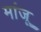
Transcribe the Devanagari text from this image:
मांजू